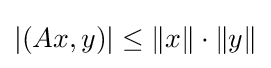
|(Ax,y)|\leq \|x\|\cdot \|y\|